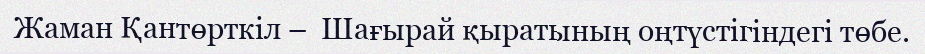
Жаман Қантөрткіл –  Шағырай қыратының оңтүстігіндегі төбе.